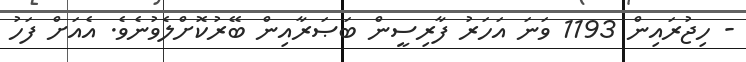
- ހިޖުރައިން 1193 ވަނަ އަހަރު ފާރިސީން ބަޞަރާއިން ބޭރުކޮށްލެވުނެވެ. އެއަށް ފަހު